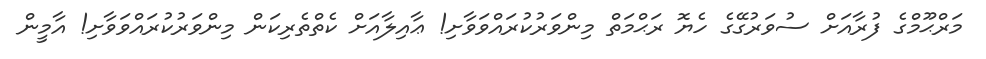
މަރްޙޫމްގެ ފުރާއަށް ސުވަރުގޭގެ ހެޔޮ ރަޙްމަތް މިންވަރުކުރައްވަވާށި! ޢާއިލާއަށް ކެތްތެރިކަން މިންވަރުކުރައްވަވާށި! އާމީން